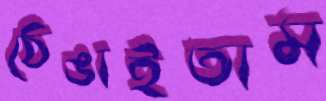
ঠেঙাইতাম